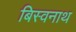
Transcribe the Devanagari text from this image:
बिस्वनाथ